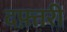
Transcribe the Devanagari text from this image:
दफ़्तरी